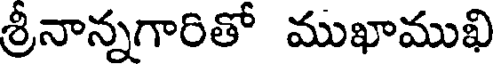
శ్రీనాన్నగారితో ముఖాముఖి